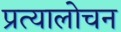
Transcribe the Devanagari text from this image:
प्रत्यालोचन